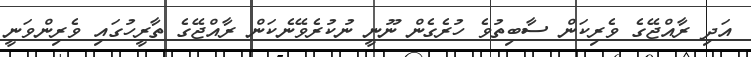
އަދި ރާއްޖޭގެ ވެރިކަން ސާބިތުވެ ހުރެގެން ނޫނީ ނުކުރެވޭނެކަން ރާއްޖޭގެ ތާރީހުގައި ވެރިންވަނީ